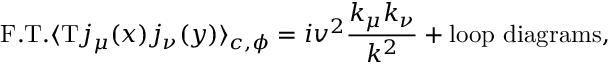
\mathrm { F . T . } \langle \mathrm { T } j _ { \mu } ( x ) j _ { \nu } ( y ) \rangle _ { c , \phi } = i v ^ { 2 } { \frac { k _ { \mu } k _ { \nu } } { k ^ { 2 } } } + \mathrm { l o o p ~ d i a g r a m s } ,